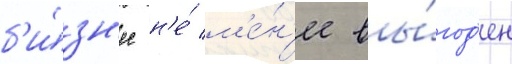
б'и́зн'ес н'е́ м'е́н'ее вы́год'ен